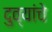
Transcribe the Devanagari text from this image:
दुव्यांचे